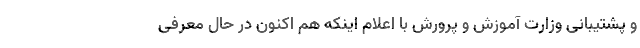
و پشتیبانی وزارت آموزش و پرورش با اعلام اینکه هم اکنون در حال معرفی